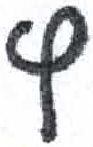
אות: ץ